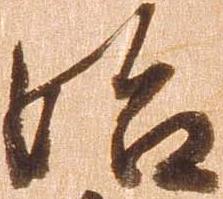
始